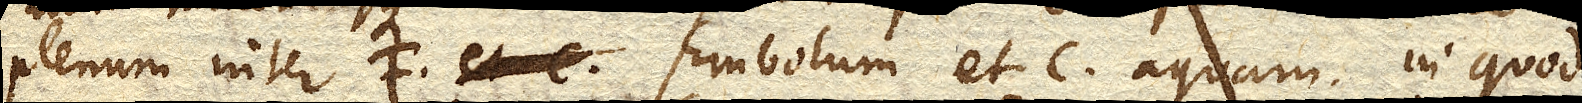
plenum inter F. Embolum et C. aquam, in quod